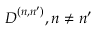
\boldsymbol { D } ^ { ( n , n ^ { \prime } ) } , n \ne n ^ { \prime }